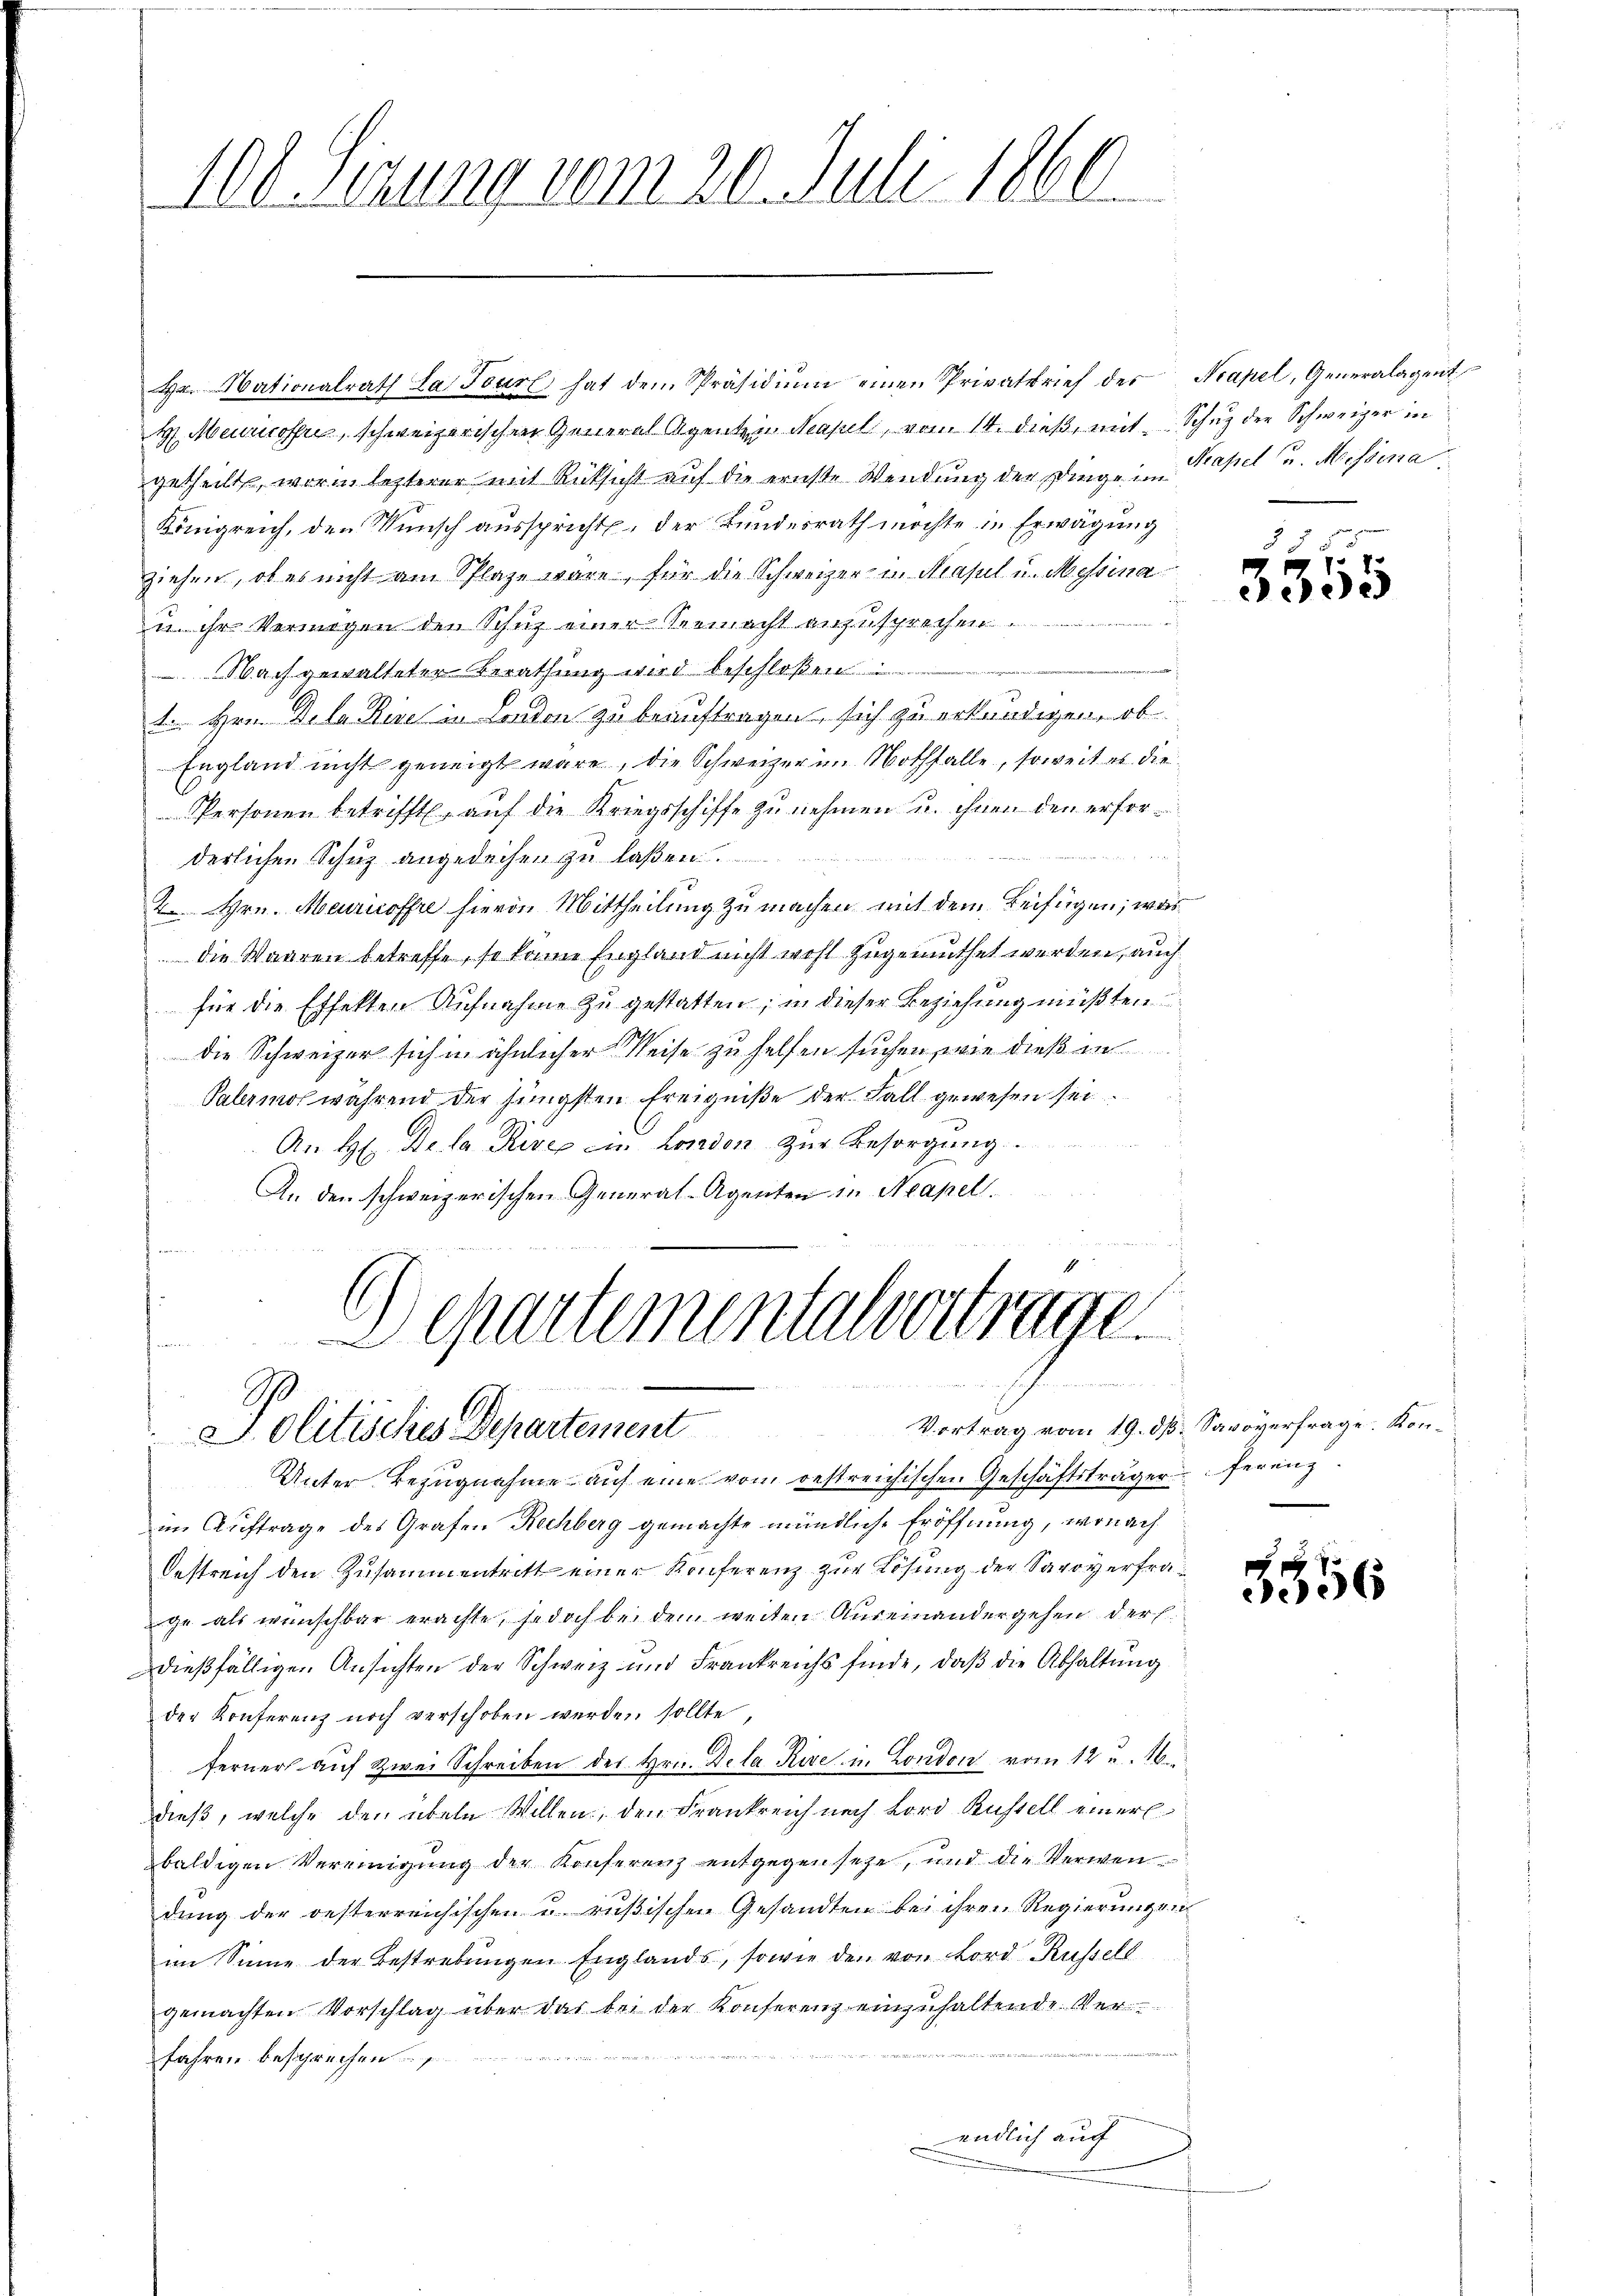
108 Sizung vom 20. Juli 1860.

hr. Nationalrath La. Tourt hat dem Präsidiŭm einen Privatbrief der Neapel, Generalagent
H. Meuricoffer, schweizerischen General Agenten Kapel, vom 14. dieß, mit Schuz der Schweizer in
getheilt, worin letzterer mit Rücksicht auf die ernste Wendung der Dinge im Kapel u. Messena
Königreich, den Wunsch ausspricht der Bundesrath möchte in Erwägung
ziehen, ob es nicht am Plaze wäre, für die Schweizer in Masul u. Messina
u. ihr Vermögen den Schuz einer Vermacht anzusprechen.
NNach gewalteter Berathung wird beschloßen
1. Hrn. Dela Kire in London zu beauftragen sich zu erkundigen, ob
England nicht geneigt wäre, die Schweizer im Nothfalle, soweit es die
Personen betrifft, auf die Kriegsschiffe zu nehmen u. ihnen den erfor¬
3 Seiten
derlichen Schuz angedeihen zu laßen.
2. Hrn. Meuricoffre hievon Mittheilung zu machen mit dem Beifügen; was
die Waaren betreffe, so kanne England nicht wohl zugemuthet werden, auch
für die Effekten Aufnahme zu gestatten; in dieser Beziehung müßten
die Schweizer sich in ähnlicher Weise zu helfen suchen, wie dieß in
Palermos während der jüngsten Ereigniße der Fall gewesen sei
An H. De la River ein London zur Besorgung.
An den schweizerischen General-Agenten in Neapel.
werdenten
Departementalvertrage
n
Vortrag vom 19. dß. Savoyerfrage. Kon¬
Solitisches Departement
Unter Bezugnahme auf eine vom bestreichischen Geschäftsträger ferenz
im Auftrage des Grafen Rechberg gemachte mündliche Eröffnung, wonach
Oestreich den Zusammentritt einer Konferenz zur Lösung der Savoyerfrage als wünschbar erachte, jedoch bei dem weiten Auseinandergehen der
Dießfälligen Ansichten der Schweiz und Frankreichs finde, daß die Abhaltung
der Konferenz noch verschoben werden sollte,
ferner aŭf zwei Schreiben des Hrn. Dela Kire in London vom 12 u. 16.
dieß, welche den übeln Willen, den Frankreich nach Lord Rustell einerl
baldigen Vereinigŭng der Konferenz entgegensehe, und die Verwendung der oesterreichischen u. rußischen Gesandten bei ihren Regierungsin
im Sinne der Bestrebungen Englands, sowie der von Lord Küssell
gemachten Vorschlag über das bei der Konferenz einzuhaltende Ver-
Jahren besprechen
endlich auch
.

f

5
770
3330

5556